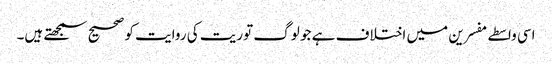
اسی واسطے مفسرین میں اختلاف ہے جو لوگ توریت کی روایت کو صحیح سمجھتے ہیں۔